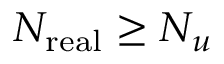
N _ { \mathrm { r e a l } } \geq N _ { u }